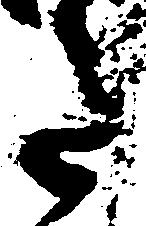
た